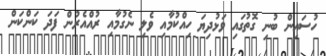
ހުސައިން ބުނި ގޮތުގައި ވަޅުދިޔަ ހިއްކުމާއި ވެލި ނެގުމާއި ރުއްއެރުން ފަދަ ކަންކަން